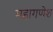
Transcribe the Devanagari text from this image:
महागणेश